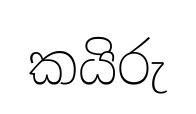
කයිරු